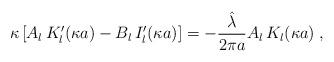
LaTeX: \begin{align*}\kappa\left[A_{l} \,K_{l}'(\kappa a)-B_{l} \,I_{l}'(\kappa a)\right]=-\frac{\hat{\lambda} }{2 \pi a}A_{l} \,K_{l}(\kappa a)\; ,\end{align*}